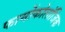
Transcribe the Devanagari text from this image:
फार्मोकोलॉजिक